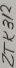
Text: ZTK312